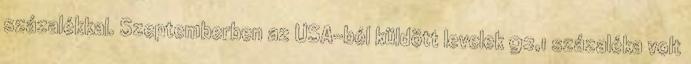
százalékkal. Szeptemberben az USA-ból küldött levelek 92,1 százaléka volt